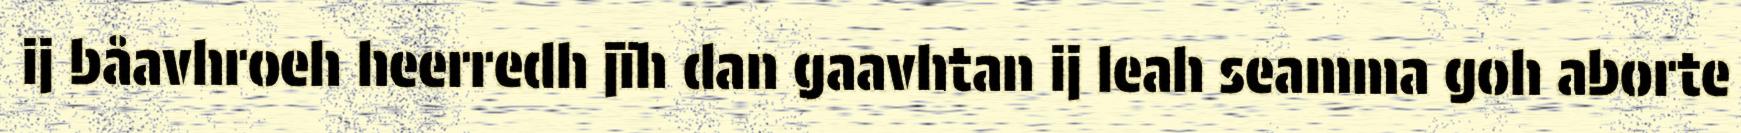
ij båavhroeh heerredh jïh dan gaavhtan ij leah seamma goh aborte